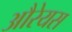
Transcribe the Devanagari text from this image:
औरेयस